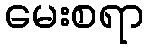
မေးစရာ